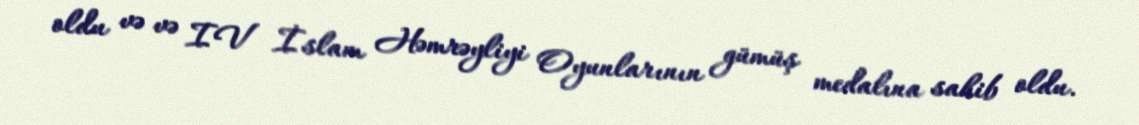
oldu və və IV İslam Həmrəyliyi Oyunlarının gümüş medalına sahib oldu.